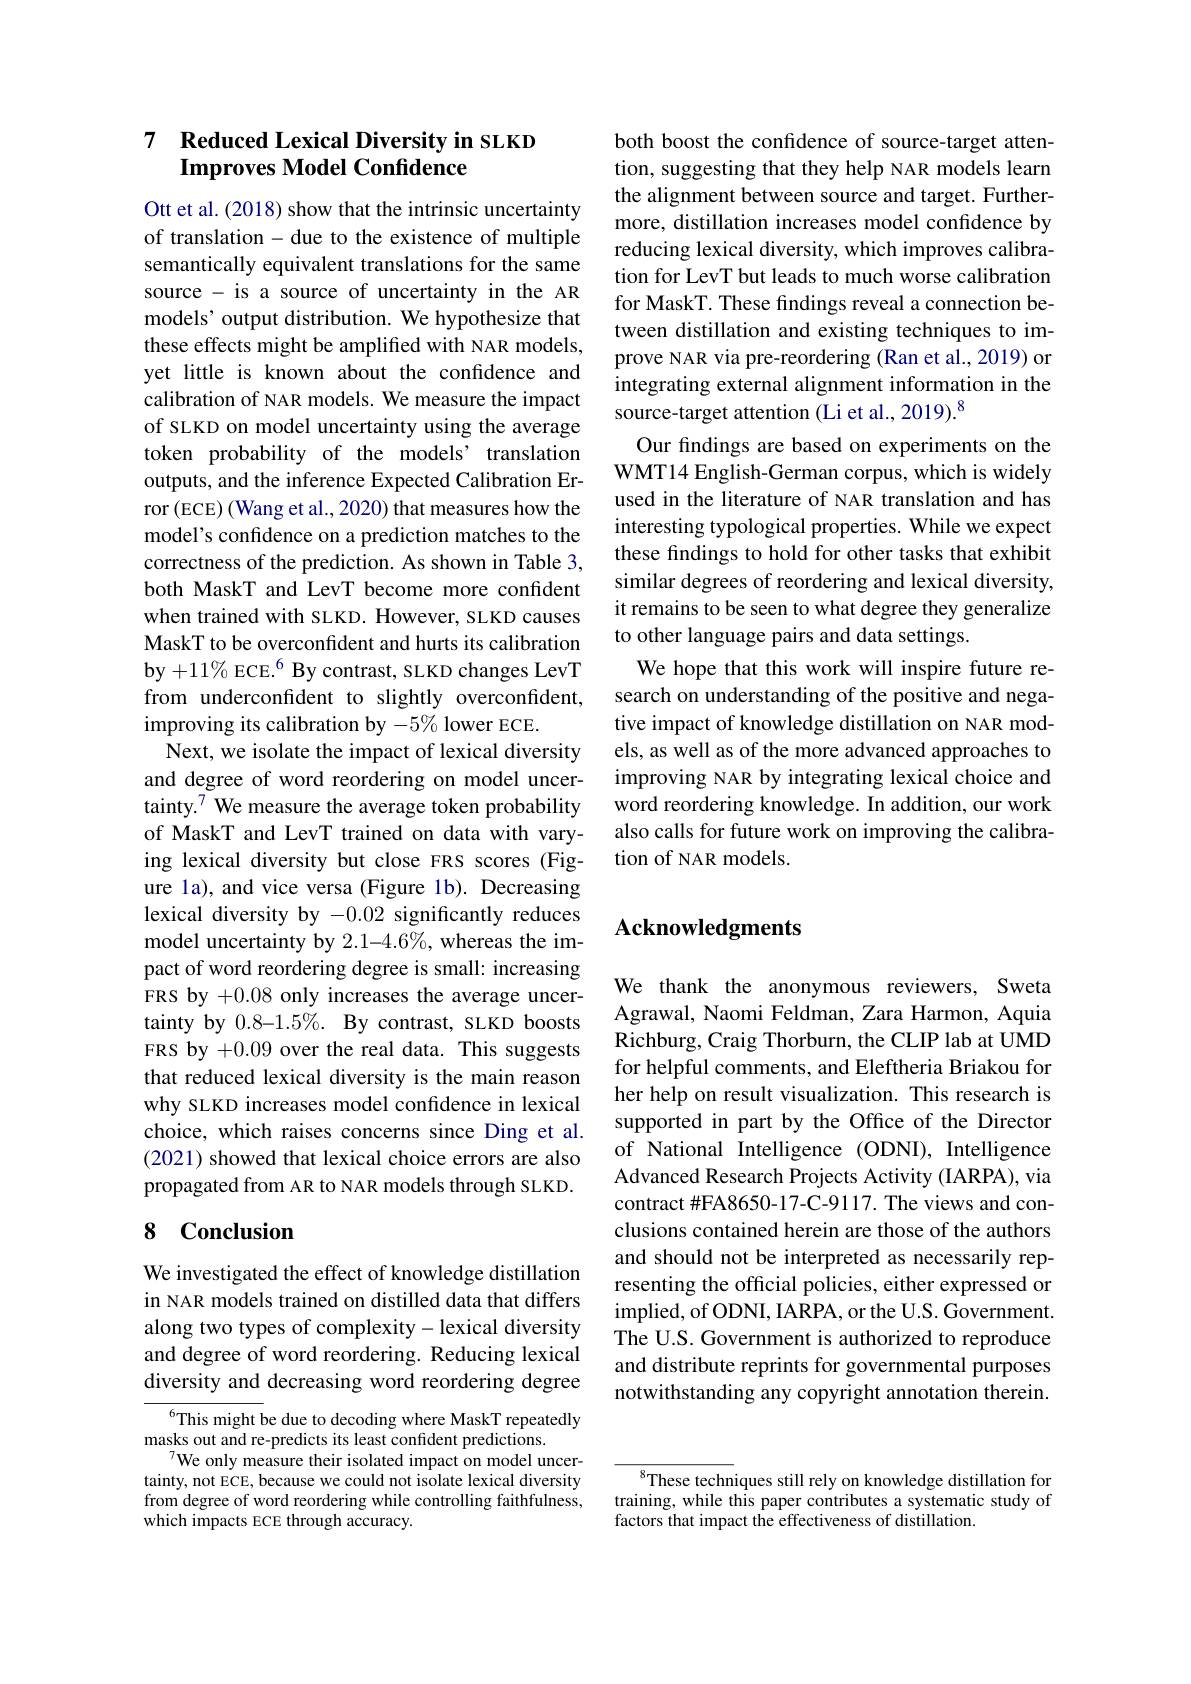
## 7 $\textbf{Reduced Lexical Diversity in SLKD}$ Improves Model Confidence

Ott et al. (2018) show that the intrinsic uncertainty of translation - due to the existence of multiple semantically equivalent translations for the same source - is a source of uncertainty in the AR models’ output distribution. We hypothesize that these effects might be amplified with NAR models, yet little is known about the confidence and calibration of NAR models. We measure the impact of SLKD on model uncertainty using the average token probability of the models' translation outputs, and the inference Expected Calibration Error (ECE) (Wang et al., 2020) that measures how the model's confidence on a prediction matches to the correctness of the prediction. As shown in Table 3, both MaskT and LevT become more confident when trained with SLKD. However, SLKD causes MaskT to be overconfident and hurts its calibration by $+11\%\text{ ECE.}^6$ By contrast, SLKD changes LevT from underconfident to slightly overconfident, improving its calibration by $-5\%$ lower ECE.
Next, we isolate the impact of lexical diversity and degree of word reordering on model uncertainty.$^{7}$ We measure the average token probability of MaskT and LevT trained on data with varying lexical diversity but close FRS scores (Figure la), and vice versa (Figure 1b). Decreasing lexical diversity by -0.02 significantly reduces model uncertainty by $2.1-4.6\%$, whereas the impact of word reordering degree is small: increasing FRS by +0.08 only increases the average uncertainty by 0.8-1.5%. By contrast, SLKD boosts FRS by +0.09 over the real data. This suggests that reduced lexical diversity is the main reason why SLKD increases model confidence in lexical choice, which raises concerns since Ding et al. (2021) showed that lexical choice errors are also propagated from AR to NAR models through SLKD.

## 8 Conclusion

We investigated the effect of knowledge distillation in NAR models trained on distilled data that differs along two types of complexity- lexical diversity and degree of word reordering. Reducing lexical diversity and decreasing word reordering degree

$^{6}$This might be due to decoding where MaskT repeatedly
masks out and re-predicts its least confident predictions.
$^{7}$We only measure their isolated impact on model uncertainty, not ECE, because we could not isolate lexical diversity from degree of word reordering while controlling faithfulness, which impacts ECE through accuracy.

both boost the confidence of source-target attention, suggesting that they help NAR models learn the alignment between source and target. Furthermore, distillation increases model confidence by reducing lexical diversity, which improves calibration for LevT but leads to much worse calibration for MaskT. These findings reveal a connection between distillation and existing techniques to improve NAR via pre-reordering (Ran et al., 2019) or integrating external alignment information in the source-target attention (Li et al., 2019).$^{8}$
Our findings are based on experiments on the

WMT14 English-German corpus, which is widely used in the literature of NAR translation and has interesting typological properties. While we expect these findings to hold for other tasks that exhibit similar degrees of reordering and lexical diversity, it remains to be seen to what degree they generalize to other language pairs and data settings.
We hope that this work will inspire future research on understanding of the positive and negative impact of knowledge distillation on NAR models, as well as of the more advanced approaches to improving NAR by integrating lexical choice and word reordering knowledge. In addition, our work also calls for future work on improving the calibration of NAR models.

## Acknowledgments

We thank the anonymous reviewers, Sweta Agrawal, Naomi Feldman, Zara Harmon, Aquia Richburg, Craig Thorburn, the CLIP lab at UMD for helpful comments, and Eleftheria Briakou for her help on result visualization. This research is supported in part by the Office of the Director of National Intelligence (ODNI), Intelligence Advanced Research Projects Activity (IARPA), via contract #FA8650-17-C-9117. The views and conclusions contained herein are those of the authors and should not be interpreted as necessarily representing the official policies, either expressed or implied, of ODNI, IARPA, or the U.S. Government. The U.S. Government is authorized to reproduce and distribute reprints for governmental purposes notwithstanding any copyright annotation therein.

$^{8}$These techniques still rely on knowledge distillation for training, while this paper contributes a systematic study of factors that impact the effectiveness of distillation.